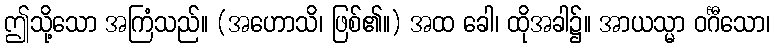
ဤသို့သော အကြံသည်။ (အဟောသိ၊ ဖြစ်၏။) အထ ခေါ၊ ထိုအခါ၌။ အာယသ္မာ ဝင်္ဂီသော၊